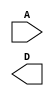
//2-to-4 Line Decoder
//4 AND gates on the output
//2x 1-to-2 Line Decoders

module decoder1to4(A, D);

input [1:0] A;
output [3:0] D;

wire [3:0] W;

decoder1to2 U0(.A(A[0]), .D(W[3:2]));
decoder1to2 U1(.A(A[1]), .D(W[1:0]));


endmodule

module decoder1to2 (
    A, D
);

input A;
output[1:0] D;

assign D[0] =  ~A;
assign D[1] = A;
    
endmodule